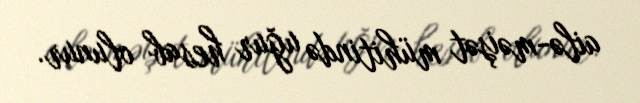
ailə-məişət mühitində uğur hesab olunur.